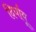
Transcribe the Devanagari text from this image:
दिर्घायू